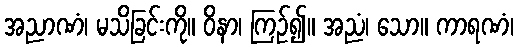
အညာဏံ၊ မသိခြင်းကို။ ဝိနာ၊ ကြဉ်၍။ အညံ၊ သော။ ကာရဏံ၊